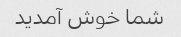
شما خوش آمدید